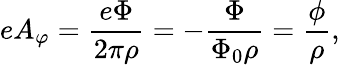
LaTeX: eA_{\varphi}={\frac{e\Phi}{2\pi\rho}}=-{\frac{\Phi}{\Phi_{0}\rho}}={\frac{\phi}{\rho}},